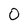
Character: 0